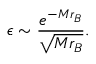
\epsilon \sim \frac { e ^ { - M r _ { B } } } { \sqrt { M r _ { B } } } .